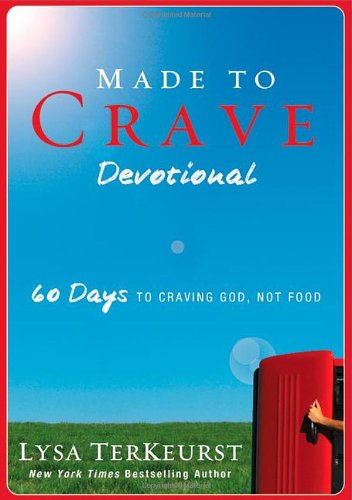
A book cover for Made to Crave Devotional: 60 Days to Craving God, Not Food; Lysa TerKeurst; Christian Books & Bibles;